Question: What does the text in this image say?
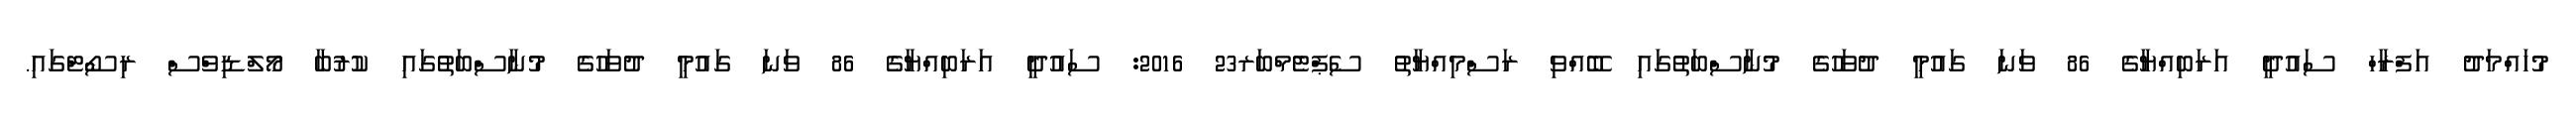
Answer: މުހައްމަދު އަފްރާހް ސައުދީ އަރަބިއްޔާގެ 86 ވަނަ ގައުމީ ދުވަހުގެ މުނާސްބަތުގައި ބޭއްވި ރަސްމިއްޔާތު ސެޕްޓެމްބަރ23 2016: ސައުދީ އަރަބިއްޔާގެ 86 ވަނަ ގައުމީ ދުވަހުގެ މުނާސްބަތުގައި ކުރުބާ މޯލްޑިވްސް ރިސޯޓްގައި.